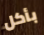
بأكل